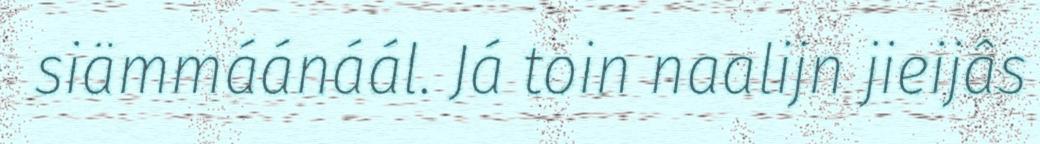
siämmáánáál. Já toin naalijn jieijâs